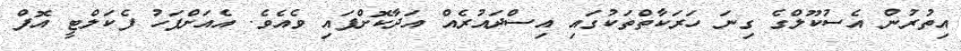
އިތުރުން އެސުކޫލްގެ ގިނަ ހަރަކާތްތަކުގައި އިސްދައުރެއް އަދާކޮށްފައި ވެއެވެ. އެއަށްފަހު ފެކަލްޓީ އޮފް